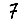
Digit: 7